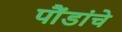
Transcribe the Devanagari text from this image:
पौंडांचे